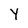
Character: Y